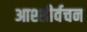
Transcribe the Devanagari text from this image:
आश्शीर्वचन